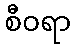
စီဝရာ